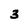
Character: 3